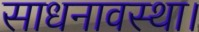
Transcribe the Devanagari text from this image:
साधनावस्था।